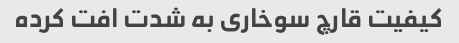
کیفیت قارچ سوخاری به شدت افت کرده